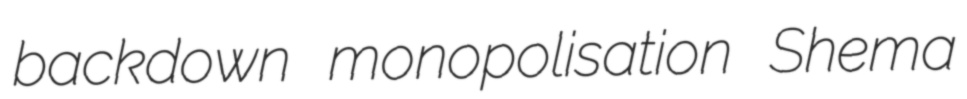
backdown monopolisation Shema